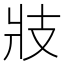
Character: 𭣖